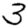
Digit: 3